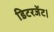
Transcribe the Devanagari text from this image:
डिटरजेंट।